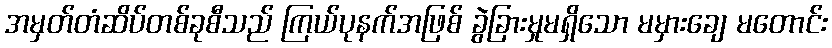
အမှတ်တံဆိပ်တစ်ခုစီသည် ကြယ်ပုနက်အဖြစ် ခွဲခြားမှုမရှိသော မမှားချေ မတောင်း